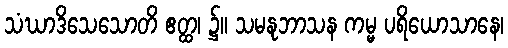
သံဃာဒိသေသောတိ ဧတ္ထ၊ ၌။ သမနုဘာသန ကမ္မ ပရိယောသာနေ၊